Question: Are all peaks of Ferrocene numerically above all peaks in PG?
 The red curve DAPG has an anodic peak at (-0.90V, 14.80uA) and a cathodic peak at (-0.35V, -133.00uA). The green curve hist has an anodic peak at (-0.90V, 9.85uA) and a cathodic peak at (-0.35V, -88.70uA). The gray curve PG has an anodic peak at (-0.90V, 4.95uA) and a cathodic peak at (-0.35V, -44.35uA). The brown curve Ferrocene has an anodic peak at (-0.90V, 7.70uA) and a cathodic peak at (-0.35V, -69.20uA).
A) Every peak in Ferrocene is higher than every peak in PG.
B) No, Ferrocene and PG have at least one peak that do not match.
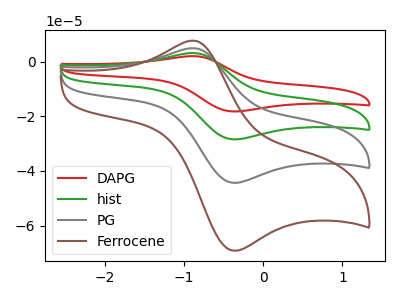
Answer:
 <answer>A) Every peak in "Ferrocene" is higher than every peak in "PG".</answer>
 <eval>A</eval>